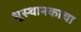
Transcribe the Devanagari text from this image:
भूस्थानकाचा